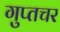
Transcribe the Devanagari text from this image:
गुप्‍तचर